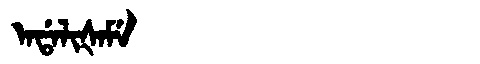
Manchu: ᠠᡩᠠᠯᡳᡧᠠᠮᡝ
Romanization: ADALIŠAME